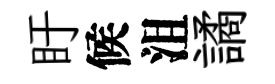
盱候沮譎